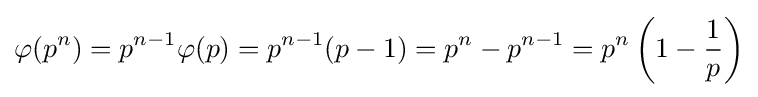
\varphi (p^{n})=p^{n-1}\varphi (p)=p^{n-1}(p-1)=p^{n}-p^{n-1}=p^{n}\left(1-{\frac {1}{p}}\right)